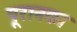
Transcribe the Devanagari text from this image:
पूरानका